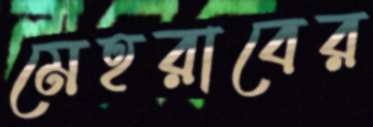
মেহরাবের